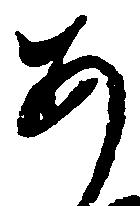
あ